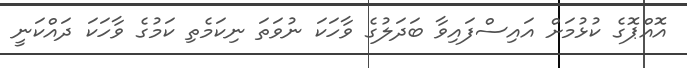
އޮއްޕޮގެ ކުޅުމަށް އައިސްފައިވާ ބަދަލުގެ ވާހަކަ ނުވަތަ ނިކަމެތި ކަމުގެ ވާހަކަ ދައްކަނީ